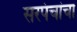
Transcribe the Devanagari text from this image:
सरपंचांचा